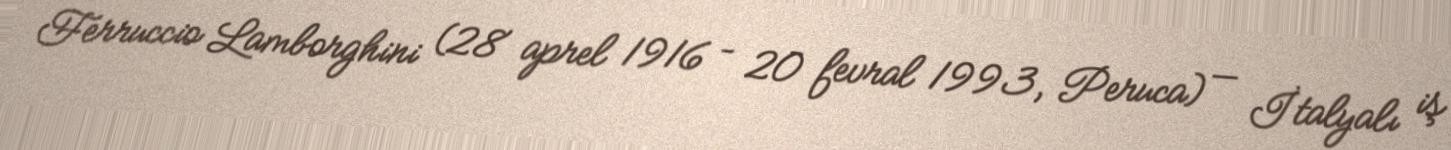
Ferruccio Lamborghini (28 aprel 1916 – 20 fevral 1993, Peruca) — İtalyalı iş